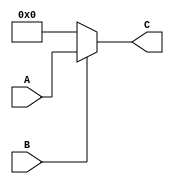
`timescale 1ns / 1ps
//////////////////////////////////////////////////////////////////////////////////
// Company: 
// Engineer: 
// 
// Design Name: 
// Module Name:    partialProduct 
// Project Name: 
// Target Devices: 
// Tool versions: 
// Description: 
//
// Dependencies: 
//
// Revision: 
// Revision 0.01 - File Created
// Additional Comments: 
//
//////////////////////////////////////////////////////////////////////////////////
module partialProduct(
    input [63:0] A,
    input B,
    output reg [63:0] C
    );
	
	always@(A, B)
	begin
		if (B == 1'b0)
			C = {64{1'b0}};
		else
			C = A;
	end

endmodule